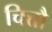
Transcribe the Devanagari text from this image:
चित्तौ